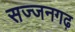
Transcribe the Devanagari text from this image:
सज्‍जनगढ़